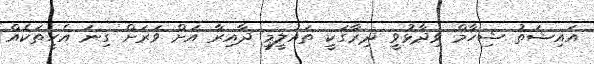
އައިޝަތު ޝިހާމް ވިދާޅުވީ ދިރާގަކީ ތައުލީމީ ދާއިރާ އަށް ވަރަށް ގިނަ އެހީތަކެއް